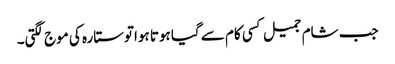
جب شام جمیل کسی کام سے گیا ہوتا ہواتوستارہ کی موج لگتی۔